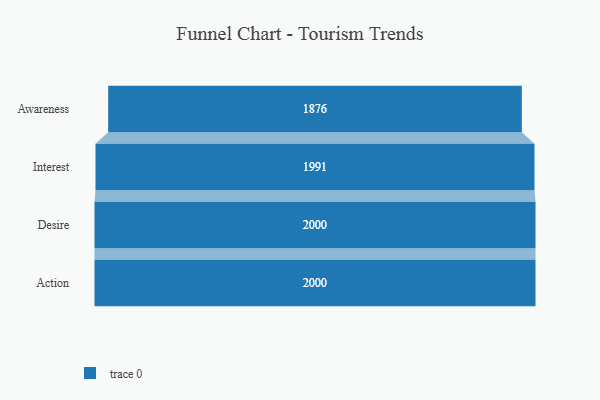
{"axis": {"x": "Stage", "y": "Value"}, "legend": [""], "data": [{"x": "Awareness", "y": 1876.0, "type": ""}, {"x": "Interest", "y": 1991.0, "type": ""}, {"x": "Desire", "y": 2000, "type": ""}, {"x": "Action", "y": 2000, "type": ""}]}